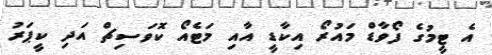
އެ ޓީމުގެ ފޯވާޑް މައުރޯ އިކާޑީ އާއި މަޓެއޯ ކޮވަސިޗް އަދި ކީޕަރު